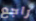
راجع